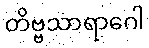
တိဗ္ဗသာရာဂေါ